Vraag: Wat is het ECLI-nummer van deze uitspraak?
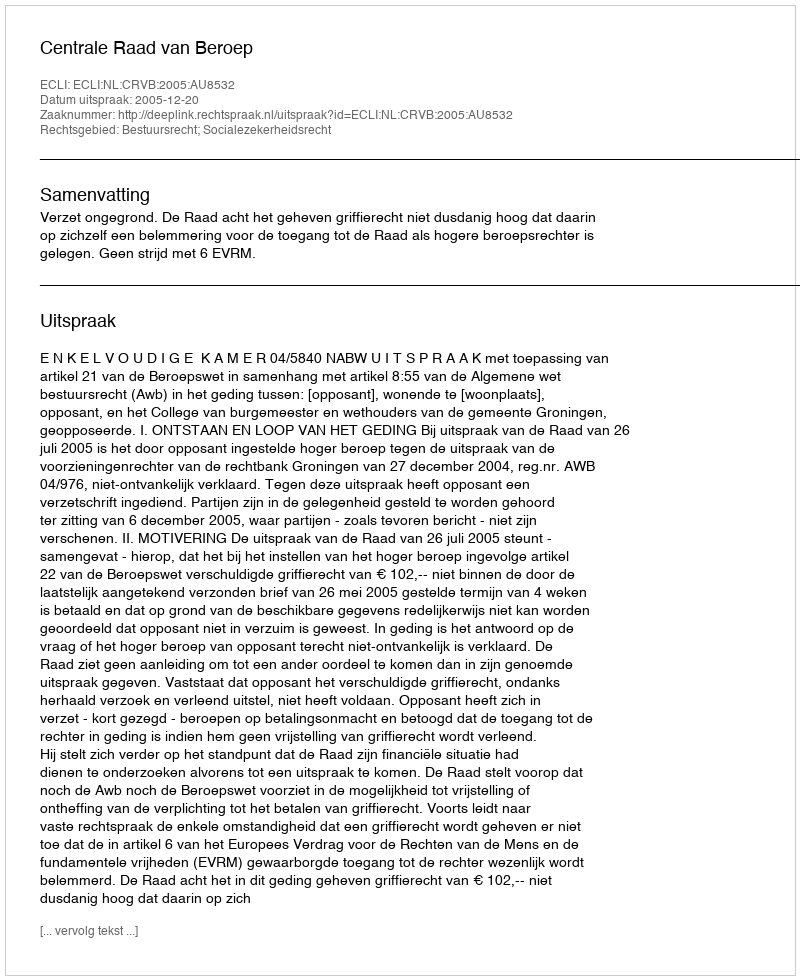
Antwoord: ECLI:NL:CRVB:2005:AU8532